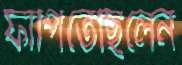
ফাঁপিতেছিলেন